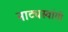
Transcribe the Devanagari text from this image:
नाट्यस्वांगी